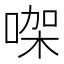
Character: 㗎